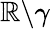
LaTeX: \mathbb{R}\backslash\gamma